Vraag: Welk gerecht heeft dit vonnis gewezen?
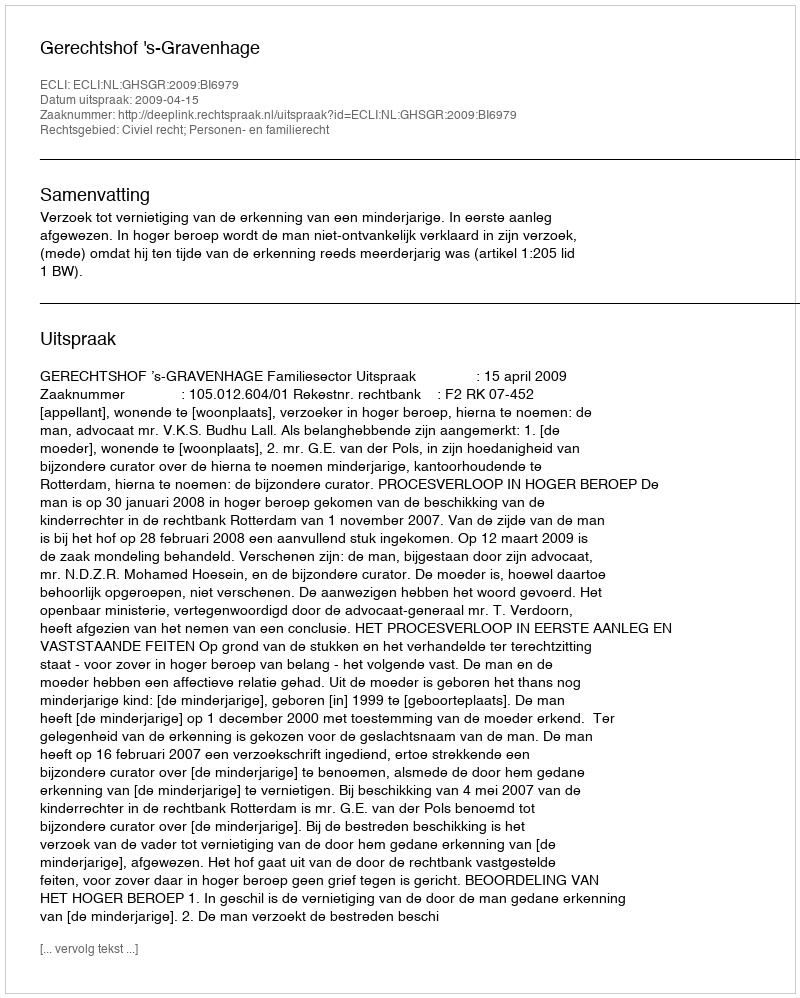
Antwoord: Gerechtshof 's-Gravenhage